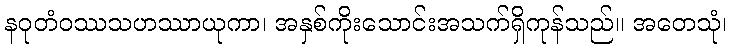
နဝုတံဝဿသဟဿာယုကာ၊ အနှစ်ကိုးသောင်းအသက်ရှိကုန်သည်။ အတေသုံ၊